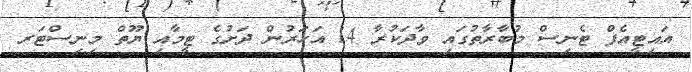
އައިޓީއެފް ޓެނިސް މުބާރާތުގައި ވާދަކުރާ 14 އަހަރުން ދަށުގެ ޓީމާއި ޔޫތް މިނިސްޓަރ